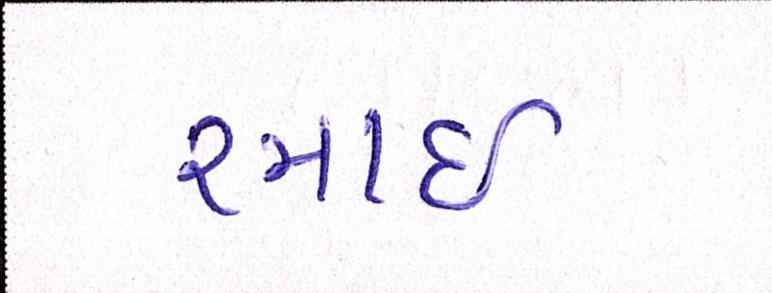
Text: રમાઈ